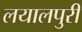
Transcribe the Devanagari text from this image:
लयालपुरी